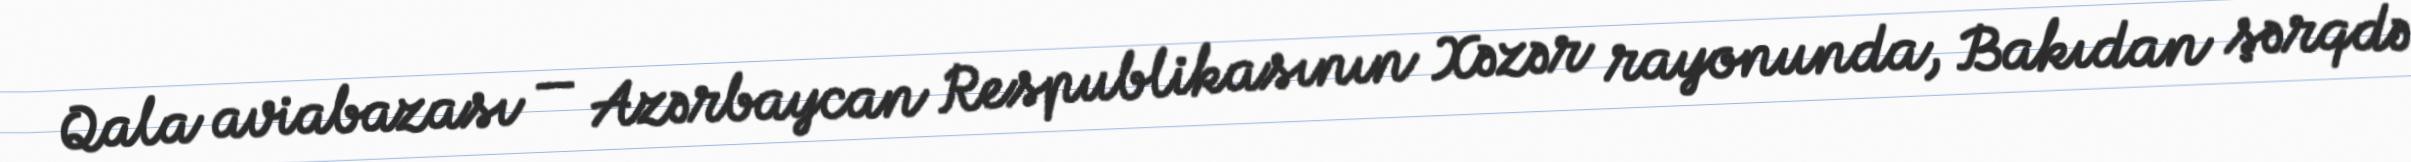
Qala aviabazası — Azərbaycan Respublikasının Xəzər rayonunda, Bakıdan şərqdə